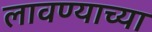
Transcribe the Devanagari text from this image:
लावण्‍याच्‍या